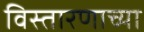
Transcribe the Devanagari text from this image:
विस्तारणाच्या